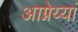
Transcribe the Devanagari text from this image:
आग्नेय्यां